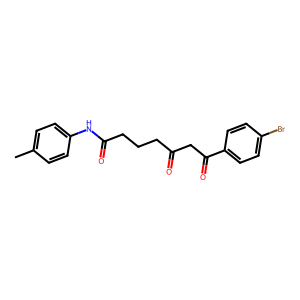
SMILES: Cc1ccc(NC(=O)CCCC(=O)CC(=O)c2ccc(Br)cc2)cc1
Inhibits HIV replication: No